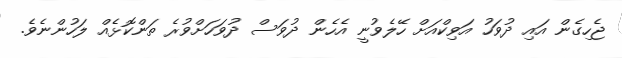
ޖެހިގެން އައި ދުވަހު އަވިކްއަށް ހޭލެވުނީ އެހެން ދުވަސް ދުވަހަށްވުރެ ތަންކޮޅެއް ލަހުންނެވެ.